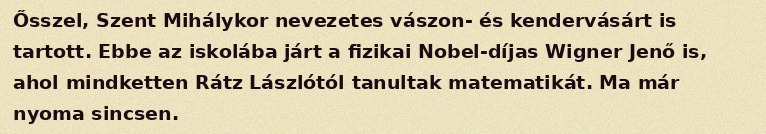
Ősszel, Szent Mihálykor nevezetes vászon- és kendervásárt is tartott. Ebbe az iskolába járt a fizikai Nobel-díjas Wigner Jenő is, ahol mindketten Rátz Lászlótól tanultak matematikát. Ma már nyoma sincsen.